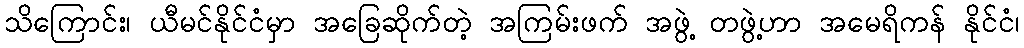
သိကြောင်း၊ ယီမင်နိုင်ငံမှာ အခြေဆိုက်တဲ့ အကြမ်းဖက် အဖွဲ့ တဖွဲ့ဟာ အမေရိကန် နိုင်ငံ၊